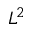
L ^ { 2 }